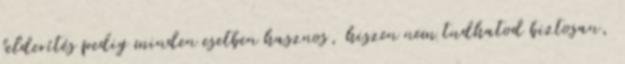
felderítés pedig minden esetben hasznos, hiszen nem tudhatod biztosan,